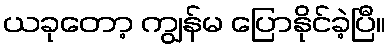
ယခုတော့ ကျွန်မ ပြောနိုင်ခဲ့ပြီ။